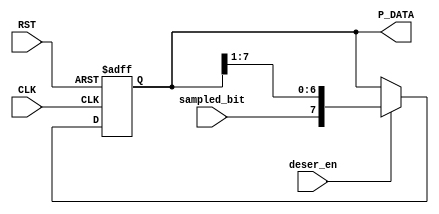
module RX_DESERIALIZER #(
    parameter DATA_WIDTH = 8
)(
    input   wire                   CLK,                 // RX Clock input signal
    input   wire                   RST,           
    input   wire                   sampled_bit,
    input   wire                   deser_en,
    output  wire [DATA_WIDTH-1:0]  P_DATA
);
    
    /*Shift left register*/
    reg [DATA_WIDTH-1:0] de_serializer; 
    always @(posedge CLK or negedge RST) begin
        if (~RST) begin
            de_serializer <= 'b0;
        end
        else if (deser_en) begin
            de_serializer <= {sampled_bit, de_serializer[7:1]};
        end
    end

    assign P_DATA = de_serializer;
endmodule